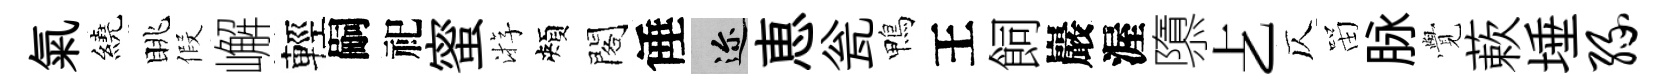
氣繞眺假嶰輕嗣祀蜜㳺頰閣倕邇恵瓮鴨王飼巖渥隳𠧒仄㽞脉𮗜蔌埵缘